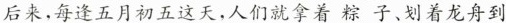
后来，每逢五月初五这天，人们就拿着粽子、划着龙舟到